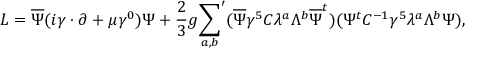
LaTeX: { \cal L } = \overline { { { \Psi } } } ( i \gamma \cdot \partial + \mu \gamma ^ { 0 } ) \Psi + \frac { 2 } { 3 } g { \sum _ { a , b } } ^ { \prime } ( \overline { { { \Psi } } } \gamma ^ { 5 } C \lambda ^ { a } \Lambda ^ { b } \overline { { { \Psi } } } ^ { t } ) ( \Psi ^ { t } C ^ { - 1 } \gamma ^ { 5 } \lambda ^ { a } \Lambda ^ { b } \Psi ) ,